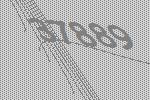
37889